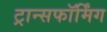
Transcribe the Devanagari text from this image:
ट्रान्सफॉर्मिंग